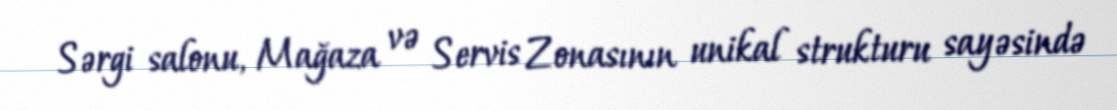
Sərgi salonu, Mağaza və Servis Zonasının unikal strukturu sayəsində